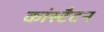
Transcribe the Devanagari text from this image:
कांस्टैटन